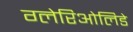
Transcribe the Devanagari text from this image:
ग्लेरिओलिडे